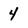
Character: 4